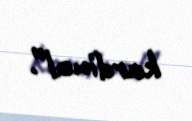
kardinal”.